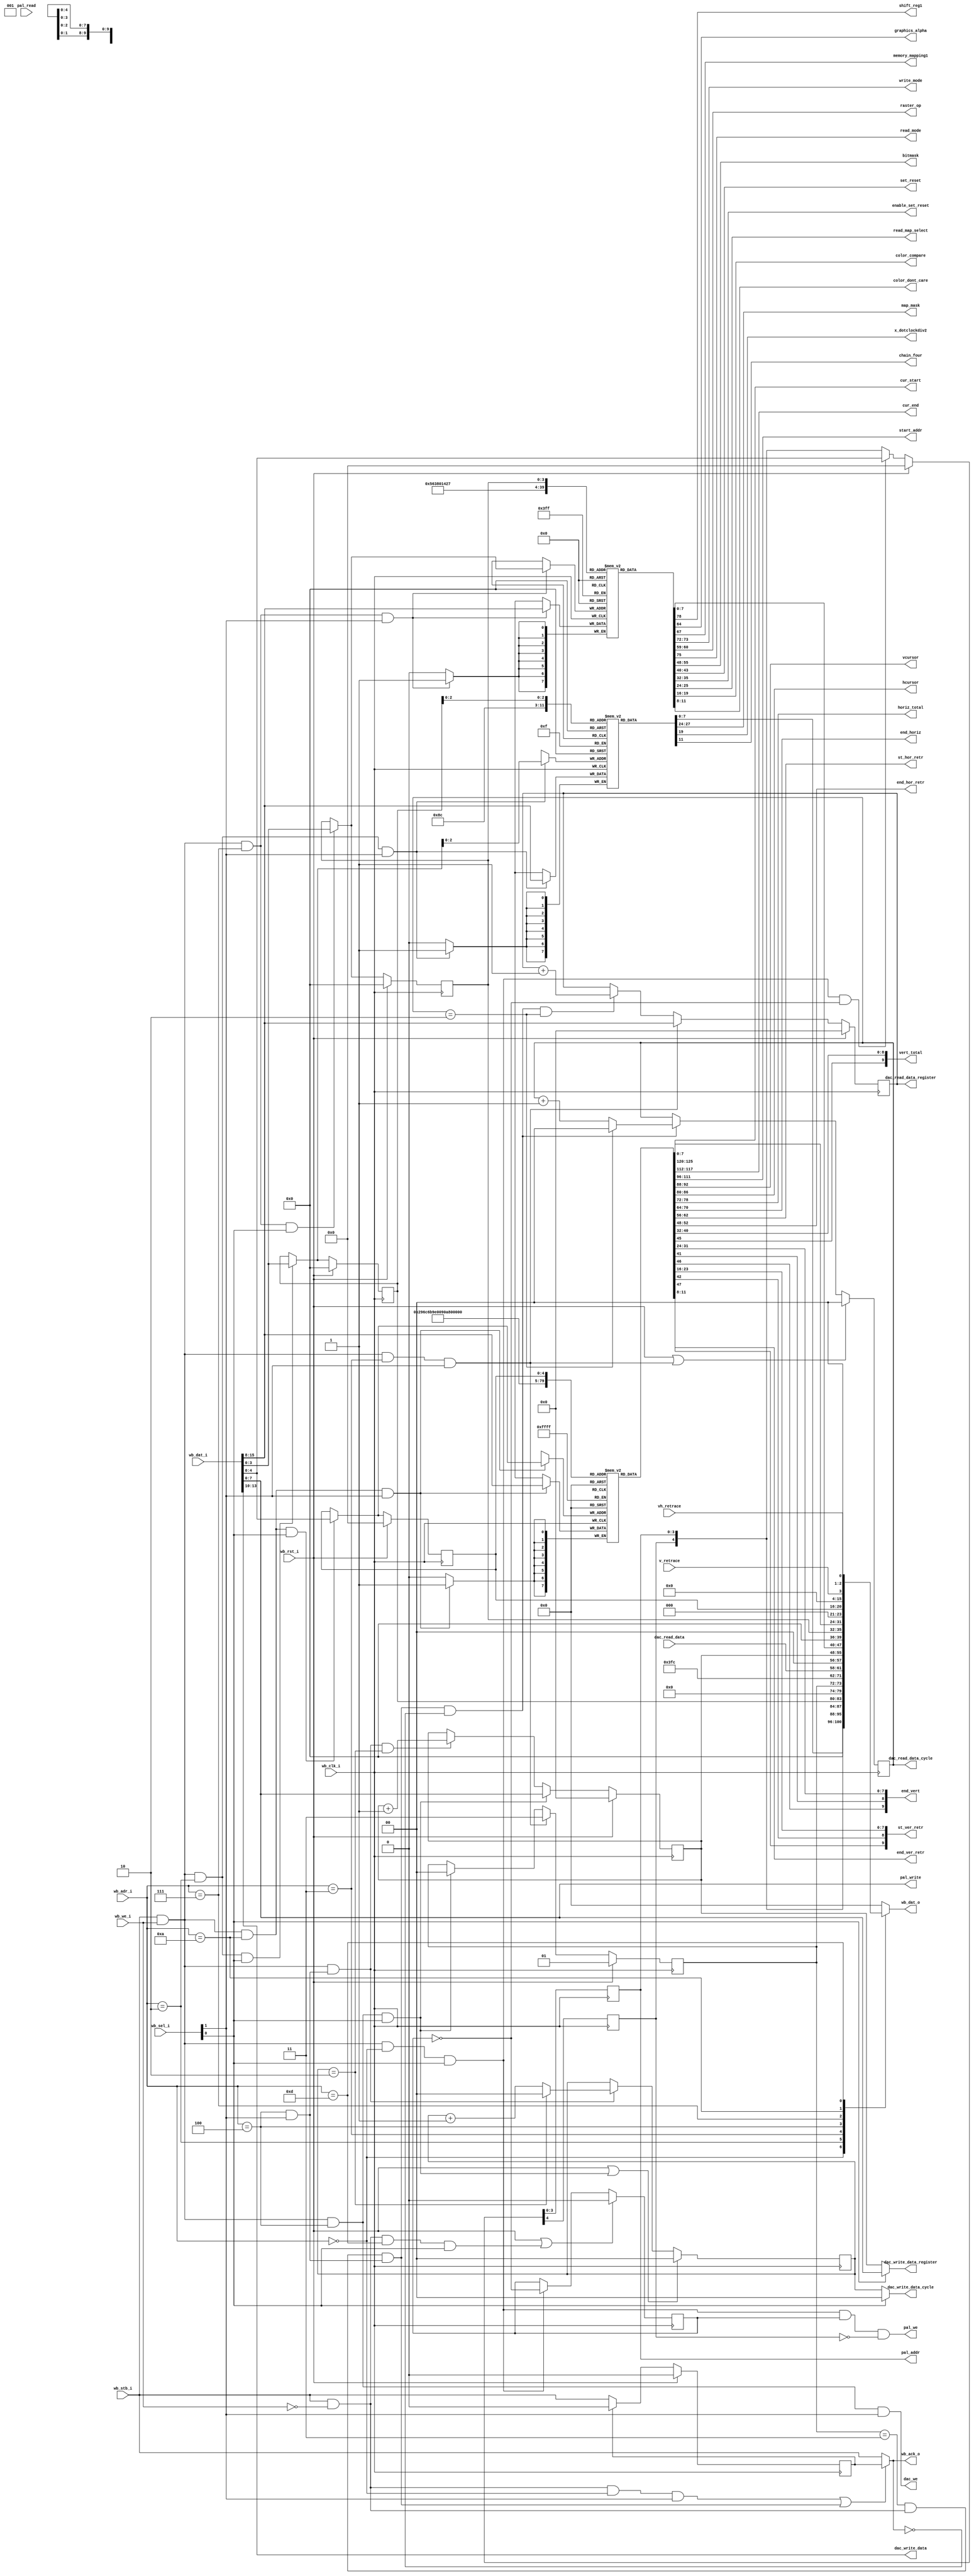
/*
 *  Configuration interface for VGA
 *  Copyright (C) 2010  Zeus Gomez Marmolejo <zeus@aluzina.org>
 *
 *  This file is part of the Zet processor. This processor is free
 *  hardware; you can redistribute it and/or modify it under the terms of
 *  the GNU General Public License as published by the Free Software
 *  Foundation; either version 3, or (at your option) any later version.
 *
 *  Zet is distrubuted in the hope that it will be useful, but WITHOUT
 *  ANY WARRANTY; without even the implied warranty of MERCHANTABILITY
 *  or FITNESS FOR A PARTICULAR PURPOSE. See the GNU General Public
 *  License for more details.
 *
 *  You should have received a copy of the GNU General Public License
 *  along with Zet; see the file COPYING. If not, see
 *  <http://www.gnu.org/licenses/>.
 */

 /*
  *  3b4: 0000_0011_1011_0100 crtc_idx (not used in vdu.v)
  *  3b5: 0000_0011_1011_0101 CRTC     (not used in vdu.v)
  *  3c0: 0000_0011_1100_0000 attribute_ctrl
  *  3c4: 0000_0011_1100_0100 sequencer.index
  *  3c5: 0000_0011_1100_0101 sequencer.seq
  *  3c6: 0000_0011_1100_0110 pel.mask
  *  3c7: 0000_0011_1100_0111 pel.dac_state
  *  3c8: 0000_0011_1100_1000 pel.write_data_register
  *  3c9: 0000_0011_1100_1001 pel.data
  *  3ce: 0000_0011_1100_1110 graphics_ctrl.index
  *  3cf: 0000_0011_1100_1111 graphics_ctrl.data
  *  3d4: 0000_0011_1101_0100 crtc_idx
  *  3d5: 0000_0011_1101_0101 CRTC
  *  3da: 0000_0011_1101_1010 Input Status 1 (color emulation modes)
  *  3db: 0000_0011_1101_1011 not used
  */

module vga_config_iface (
    // Wishbone slave signals
    input             wb_clk_i,
    input             wb_rst_i,
    input      [15:0] wb_dat_i,
    output reg [15:0] wb_dat_o,
    input      [ 4:1] wb_adr_i,
    input             wb_we_i,
    input      [ 1:0] wb_sel_i,
    input             wb_stb_i,
    output            wb_ack_o,

    // VGA configuration registers
    // sequencer
    output [3:0] map_mask,         // 3c5 (3c4: 2)
    output       x_dotclockdiv2,   // 3c5 (3c4: 1)
    output       chain_four,       // 3c5 (3c4: 4)

    // graphics_ctrl
    output       shift_reg1,       // 3cf (3ce: 5)
    output       graphics_alpha,   // 3cf (3ce: 6)
    output       memory_mapping1,  // 3cf (3ce: 6)
    output [1:0] write_mode,       // 3cf (3ce: 5)
    output [1:0] raster_op,        // 3cf (3ce: 3)
    output       read_mode,        // 3cf (3ce: 5)
    output [7:0] bitmask,          // 3cf (3ce: 8)
    output [3:0] set_reset,        // 3cf (3ce: 0)
    output [3:0] enable_set_reset, // 3cf (3ce: 1)
    output [1:0] read_map_select,  // 3cf (3ce: 4)
    output [3:0] color_compare,    // 3cf (3ce: 2)
    output [3:0] color_dont_care,  // 3cf (3ce: 7)

    // attribute_ctrl
    output reg [3:0] pal_addr,
    output           pal_we,
    input      [7:0] pal_read,
    output     [7:0] pal_write,

    // dac_regs
    output           dac_we,
    output reg [1:0] dac_read_data_cycle,
    output reg [7:0] dac_read_data_register,
    input      [3:0] dac_read_data,
    output     [1:0] dac_write_data_cycle,    // word bypass
    output     [7:0] dac_write_data_register, // word bypass
    output     [3:0] dac_write_data,

    // CRTC
    output [ 5:0] cur_start,
    output [ 5:0] cur_end,
    output [15:0] start_addr,
    output [ 4:0] vcursor,
    output [ 6:0] hcursor,

    output [ 6:0] horiz_total,
    output [ 6:0] end_horiz,
    output [ 6:0] st_hor_retr,
    output [ 4:0] end_hor_retr,
    output [ 9:0] vert_total,
    output [ 9:0] end_vert,
    output [ 9:0] st_ver_retr,
    output [ 3:0] end_ver_retr,

    input v_retrace,
    input vh_retrace
  );

  // Registers and nets
  reg [7:0] graphics_ctrl[0:8];
  reg [3:0] graph_idx;
  reg [7:0] CRTC[0:23];
  reg [7:0] seq[0:4];
  reg [4:0] crtc_idx;
  reg [3:0] seq_idx;
  reg       flip_flop;
  reg       h_pal_addr;
  reg       ack_delay;
  reg [1:0] dac_state;

  reg [1:0] write_data_cycle;
  reg [7:0] write_data_register;

  integer i;

  wire [3:0] graph_idx_wr;
  wire [4:0] crtc_idx_wr;
  wire [3:0] seq_idx_wr;
  wire       wr_graph;
  wire       wr_seq;
  wire       wr_crtc;
  wire       write;
  wire       read;
  wire [7:0] start_hi;
  wire [7:0] start_lo;
  wire       rst_flip_flop;
  wire       wr_attr;
  wire       rd_attr;
  wire       wr_pal_addr;
  wire       attr_ctrl_addr;
  wire       pel_adr_rd;
  wire       pel_adr_wr;
  wire       rd_dac;
  wire       dac_addr;
  wire       acc_dac;
  wire       wr_dac;

  // Continuous assignments
  assign wb_ack_o = (rd_attr | rd_dac) ? ack_delay : wb_stb_i;

  assign seq_idx_wr   = (wr_seq && wb_sel_i[0]) ? wb_dat_i[3:0] : seq_idx;
  assign graph_idx_wr = (wr_graph && wb_sel_i[0]) ? wb_dat_i[3:0] : graph_idx;
  assign crtc_idx_wr  = (wr_crtc && wb_sel_i[0]) ? wb_dat_i[4:0] : crtc_idx;

  assign map_mask       = seq[2][3:0];
  assign x_dotclockdiv2 = seq[1][3];
  assign chain_four     = seq[4][3];

  assign shift_reg1       = graphics_ctrl[5][6];
  assign graphics_alpha   = graphics_ctrl[6][0];
  assign memory_mapping1  = graphics_ctrl[6][3];
  assign write_mode       = graphics_ctrl[5][1:0];
  assign raster_op        = graphics_ctrl[3][4:3];
  assign read_mode        = graphics_ctrl[5][3];
  assign bitmask          = graphics_ctrl[8];
  assign set_reset        = graphics_ctrl[0][3:0];
  assign enable_set_reset = graphics_ctrl[1][3:0];
  assign read_map_select  = graphics_ctrl[4][1:0];
  assign color_compare    = graphics_ctrl[2][3:0];
  assign color_dont_care  = graphics_ctrl[7][3:0];

  assign cur_start = CRTC[10][5:0];
  assign cur_end   = CRTC[11][5:0];
  assign start_hi  = CRTC[12];
  assign start_lo  = CRTC[13];
  assign vcursor   = CRTC[14][4:0];
  assign hcursor   = CRTC[15][6:0];

  assign horiz_total  = CRTC[0][6:0];
  assign end_horiz    = CRTC[1][6:0];
  assign st_hor_retr  = CRTC[4][6:0];
  assign end_hor_retr = CRTC[5][4:0];
  assign vert_total   = { CRTC[7][5], CRTC[7][0], CRTC[6] };
  assign end_vert     = { CRTC[7][6], CRTC[7][1], CRTC[18] };
  assign st_ver_retr  = { CRTC[7][7], CRTC[7][2], CRTC[16] };
  assign end_ver_retr = CRTC[17][3:0];

  assign write    = wb_stb_i & wb_we_i;
  assign read     = wb_stb_i & !wb_we_i;
  assign wr_seq   = write & (wb_adr_i==4'h2);
  assign wr_graph = write & (wb_adr_i==4'h7);
  assign wr_crtc  = write & (wb_adr_i==4'ha);

  assign start_addr = { start_hi, start_lo };

  assign attr_ctrl_addr = (wb_adr_i==4'h0);
  assign dac_addr       = (wb_adr_i==4'h4);
  assign rst_flip_flop  = read && (wb_adr_i==4'hd) && wb_sel_i[0];
  assign wr_attr        = write && attr_ctrl_addr && wb_sel_i[0];
  assign rd_attr        = read && attr_ctrl_addr && wb_sel_i[1];
  assign wr_pal_addr    = wr_attr && !flip_flop;

  assign pel_adr_rd = write && (wb_adr_i==4'h3) && wb_sel_i[1];
  assign pel_adr_wr = write && dac_addr && wb_sel_i[0];

  assign pal_write = wb_dat_i[7:0];
  assign pal_we    = wr_attr && flip_flop && !h_pal_addr;

  assign acc_dac = dac_addr && wb_sel_i[1];
  assign rd_dac  = (dac_state==2'b11) && read && acc_dac;
  assign wr_dac  = write && acc_dac;

  assign dac_we               = write && (wb_adr_i==4'h4) && wb_sel_i[1];
  assign dac_write_data_cycle = wb_sel_i[0] ? 2'b00 : write_data_cycle;
  assign dac_write_data       = wb_dat_i[13:10];
  assign dac_write_data_register = wb_sel_i[0] ? wb_dat_i[7:0]
                                 : write_data_register;

  // Behaviour
  // write_data_register
  always @(posedge wb_clk_i)
    write_data_register <= wb_rst_i ? 8'h0
      : (pel_adr_wr ? wb_dat_i[7:0]
        : (wr_dac && (write_data_cycle==2'b10)) ?
          (write_data_register + 8'h01) : write_data_register);

  // write_data_cycle
  always @(posedge wb_clk_i)
    write_data_cycle <= (wb_rst_i | pel_adr_wr) ? 2'b00
      : (wr_dac ? (write_data_cycle==2'b10 ? 2'b00
        : write_data_cycle + 2'b01) : write_data_cycle);

  // dac_read_data_register
  always @(posedge wb_clk_i)
    dac_read_data_register <= wb_rst_i ? 8'h00
      : (pel_adr_rd ? wb_dat_i[15:8]
        : (rd_dac && !wb_ack_o && (dac_read_data_cycle==2'b10)) ?
          (dac_read_data_register + 8'h01) : dac_read_data_register);

  // dac_read_data_cycle
  always @(posedge wb_clk_i)
    dac_read_data_cycle <= (wb_rst_i | pel_adr_rd) ? 2'b00
      : (rd_dac && !wb_ack_o ? (dac_read_data_cycle==2'b10 ? 2'b00
        : dac_read_data_cycle + 2'b01) : dac_read_data_cycle);

  // dac_state
  always @(posedge wb_clk_i)
    dac_state <= wb_rst_i ? 2'b01
      : (pel_adr_rd ? 2'b11 : (pel_adr_wr ? 2'b00 : dac_state));

  // attribute_ctrl.flip_flop
  always @(posedge wb_clk_i)
    flip_flop <= (wb_rst_i | rst_flip_flop) ? 1'b0
      : (wr_attr ? !flip_flop : flip_flop);

  // pal_addr
  always @(posedge wb_clk_i)
    { h_pal_addr, pal_addr } <= wb_rst_i ? 5'h0
      : (wr_pal_addr ? wb_dat_i[4:0] : { h_pal_addr, pal_addr });

  // seq_idx
  always @(posedge wb_clk_i)
    seq_idx <= wb_rst_i ? 4'h0 : seq_idx_wr;

  // seq
  always @(posedge wb_clk_i)
    if (wr_seq & wb_sel_i[1])
      seq[seq_idx_wr] <= wb_dat_i[15:8];

  // graph_idx
  always @(posedge wb_clk_i)
    graph_idx <= wb_rst_i ? 4'h0 : graph_idx_wr;

  // graphics_ctrl
  always @(posedge wb_clk_i)
    if (wr_graph & wb_sel_i[1])
      graphics_ctrl[graph_idx_wr] <= wb_dat_i[15:8];

  // crtc_idx
  always @(posedge wb_clk_i)
    crtc_idx <= wb_rst_i ? 5'h0 : crtc_idx_wr;

  // CRTC
  always @(posedge wb_clk_i)
    if (wr_crtc & wb_sel_i[1])
      CRTC[crtc_idx_wr] <= wb_dat_i[15:8];

  // ack_delay
  always @(posedge wb_clk_i)
    ack_delay <= wb_rst_i ? 1'b0
               : ack_delay ? 1'b0 : wb_stb_i;

  // wb_dat_o
  always @(*)
    case (wb_adr_i)
      4'h0: wb_dat_o = { pal_read, 3'b001, h_pal_addr, pal_addr };
      4'h2: wb_dat_o = { seq[seq_idx], 4'h0, seq_idx };
      4'h3: wb_dat_o = { 6'h0, dac_state, 8'hff };
      4'h4: wb_dat_o = { 2'b00, dac_read_data, 2'b00, write_data_register };
      4'h7: wb_dat_o = { graphics_ctrl[graph_idx], 4'h0, graph_idx };
      4'ha: wb_dat_o = { CRTC[crtc_idx], 3'h0, crtc_idx };
      4'hd: wb_dat_o = { 12'b0, v_retrace, 2'b0, vh_retrace };
      default: wb_dat_o = 16'h0;
    endcase
/*
  initial
    begin
      for (i=0;i<=8 ;i=i+1) graphics_ctrl[i] = 8'h0;
      for (i=0;i<=15;i=i+1) CRTC[i] = 8'h0;
    end
*/
endmodule